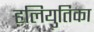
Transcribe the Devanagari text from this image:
हलियुतिका